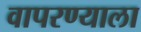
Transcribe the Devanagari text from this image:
वापरण्याला